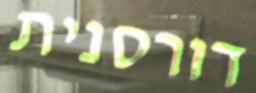
דורסנית